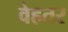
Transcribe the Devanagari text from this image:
वेहतर